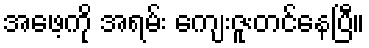
အဖေ့ကို အရမ်း ကျေးဇူးတင်နေပြီ။